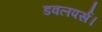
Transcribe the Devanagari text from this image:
डवलपर्स।